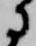
に